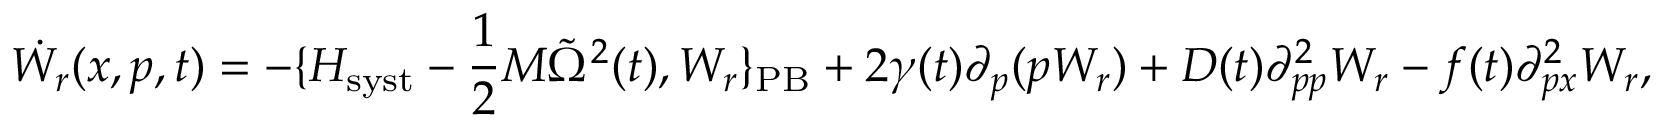
\dot { W _ { r } } ( x , p , t ) = - \{ H _ { \mathrm { s y s t } } - { \frac { 1 } { 2 } } M { \tilde { \Omega } } ^ { 2 } ( t ) , W _ { r } \} _ { \mathrm { P B } } + 2 \gamma ( t ) \partial _ { p } ( p W _ { r } ) + D ( t ) \partial _ { p p } ^ { 2 } W _ { r } - f ( t ) \partial _ { p x } ^ { 2 } W _ { r } ,